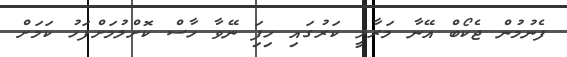
ފެނުމުން ޖެކޯބް އޭނާ މަރާލީ ކަރުގައި ހިފަި ނޭވާ ހާސް ކޮށްލުމަށްފަހު ކަމަށް